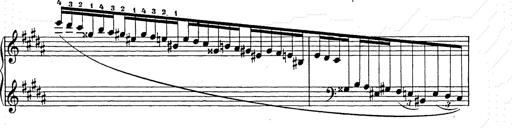
Title: Ballade No.2
Composer: Jan Skrzydlewski
Key: B minor